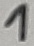
Text: 1